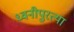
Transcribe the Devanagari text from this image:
ध्वनीपुरत्या